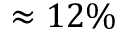
\approx 1 2 \%